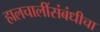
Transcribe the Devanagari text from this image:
हालचालींसंबंधीचा